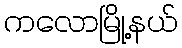
ကလောမြို့နယ်